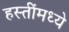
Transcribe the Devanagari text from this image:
हस्तींमध्ये